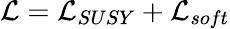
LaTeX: {\cal L}={\cal L}_{{SUSY}}+{\cal L}_{{soft}}